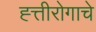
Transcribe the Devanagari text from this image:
ह्त्तीरोगाचे